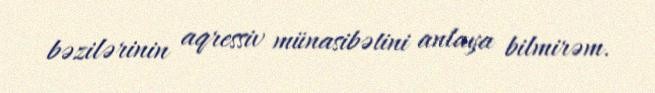
bəzilərinin aqressiv münasibətini anlaya bilmirəm.